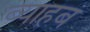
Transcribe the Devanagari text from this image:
ब्याहब